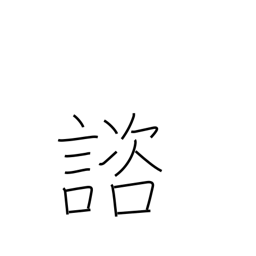
Meaning: consult with